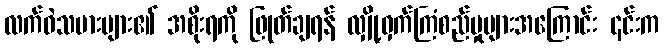
လက်ဝဲသမားများ၏ အစိုးရကို ဖြုတ်ချရန် လျှို့ဝှက်ကြံစည်မှုများအကြောင်း ၎င်းက